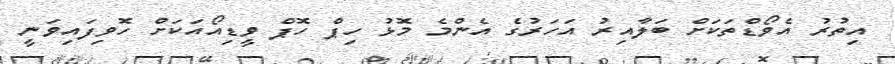
އިތުރު އެވޯޑްތަކަށް ބަލާއިރު އަހަރުގެ އެންމެ މޮޅު ހިޕް ހޮޕް ވީޑިއޯއަކަށް ހޮވިފައިވަނީ